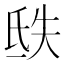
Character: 㲳